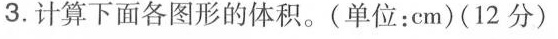
3.计算下面各图形的体积。(单位：cm)(12分)